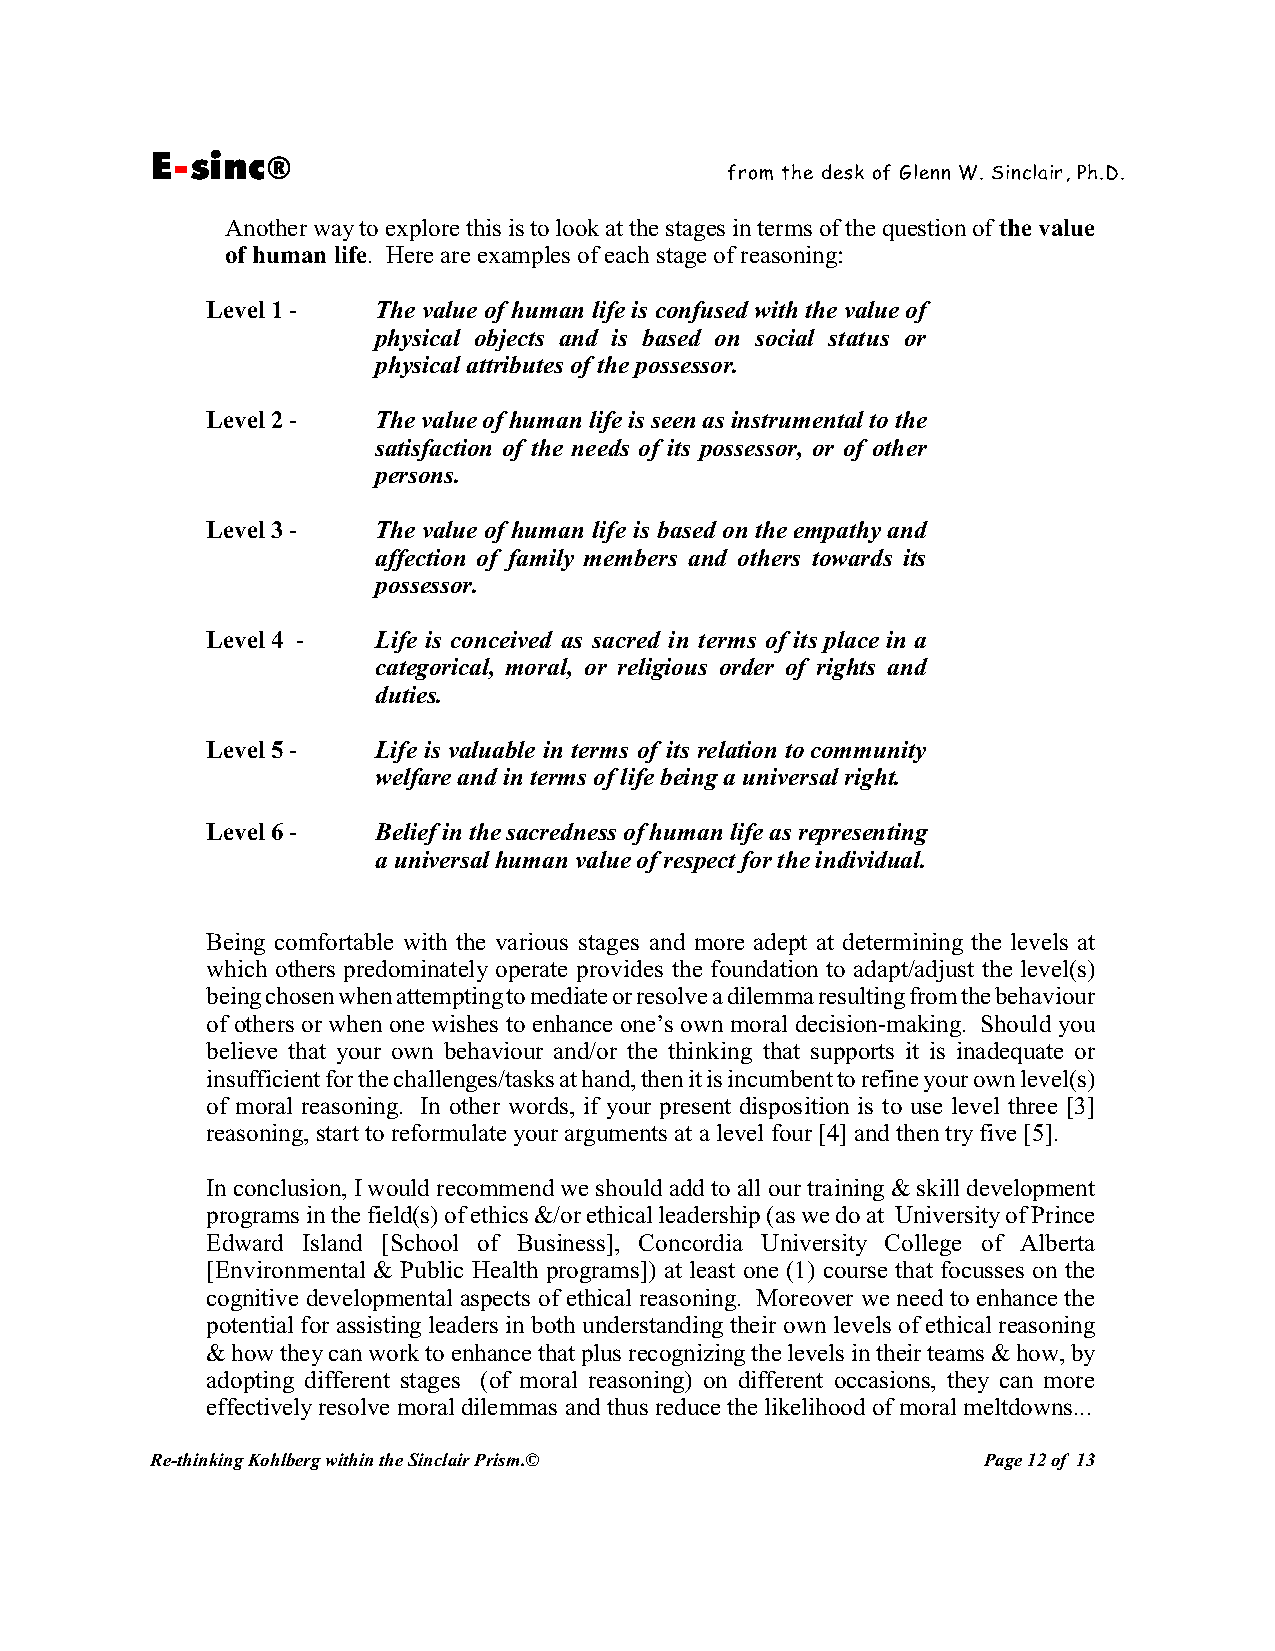
E-sinc®
 from the desk of Glenn W. Sinclair, Ph.D.
 Another way to explore this is to look at the stages in terms of the question of the value
 of human life. Here are examples of each stage of reasoning:
 Level 1 -  The value of human life is confused with the value of
 physical objects and is based on social status or
 physical attributes of the possessor.
 Level 2 -  The value of human life is seen as instrumental to the
 satisfaction of the needs of its possessor, or of other
 persons.
 Level 3 -  The value of human life is based on the empathy and
 affection of family members and others towards its
 possessor.
 Level 4 -  Life is conceived as sacred in terms of its place in a
 categorical, moral, or religious order of rights and
 duties.
 Level 5 -  Life is valuable in terms of its relation to community
 welfare and in terms of life being a universal right.
 Level 6 -  Belief in the sacredness of human life as representing
 a universal human value of respect for the individual.
 Being comfortable with the various stages and more adept at determining the levels at
 which others predominately operate provides the foundation to adapt/adjust the level(s)
 being chosen when attempting to mediate or resolve a dilemma resulting from the behaviour
 of others or when one wishes to enhance one’s own moral decision-making. Should you
 believe that your own behaviour and/or the thinking that supports it is inadequate or
 insufficient for the challenges/tasks at hand, then it is incumbent to refine your own level(s)
 of moral reasoning. In other words, if your present disposition is to use level three [3]
 reasoning, start to reformulate your arguments at a level four [4] and then try five [5].
 In conclusion, I would recommend we should add to all our training & skill development
 programs in the field(s) of ethics &/or ethical leadership (as we do at University of Prince
 Edward Island [School of Business], Concordia University College of Alberta
 [Environmental & Public Health programs]) at least one (1) course that focusses on the
 cognitive developmental aspects of ethical reasoning. Moreover we need to enhance the
 potential for assisting leaders in both understanding their own levels of ethical reasoning
 & how they can work to enhance that plus recognizing the levels in their teams & how, by
 adopting different stages (of moral reasoning) on different occasions, they can more
 effectively resolve moral dilemmas and thus reduce the likelihood of moral meltdowns...
 Re-thinking Kohlberg within the Sinclair Prism.©       Page 12 of 13